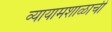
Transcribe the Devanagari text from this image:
व्यायामशाळाची